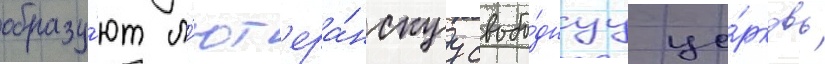
образу́ют л'ют'ера́нскуу свобо́днуу це́рковь